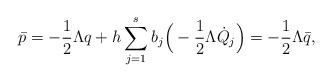
LaTeX: \begin{align*}\bar p = -\frac{1}{2}\Lambda q + h \sum_{j=1}^s b_j \Big( -\frac{1}{2}\Lambda \dot Q_j \Big) = -\frac{1}{2}\Lambda \bar q,\end{align*}